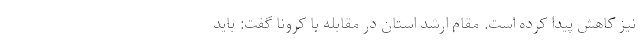
نیز کاهش پیدا کرده است. مقام ارشد استان در مقابله با کرونا گفت: باید